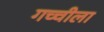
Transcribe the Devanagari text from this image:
गच्चीला